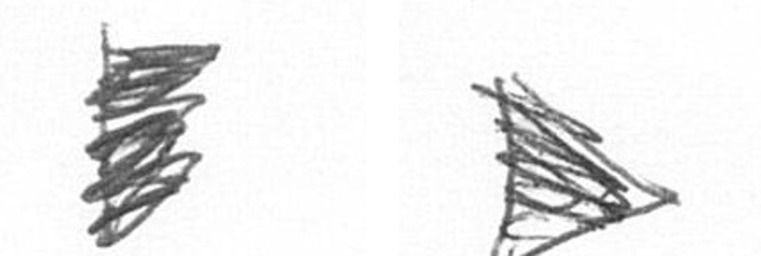
H T